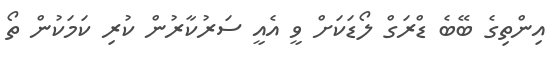
އިންތިގެ ބޭބެ ޑްރަގް ލޯޑަކަށް ވީ އެއީ ސަރުކާރުން ކުރި ކަމަކުން ތޯ